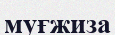
муғжиза